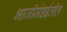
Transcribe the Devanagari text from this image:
भाजीमंडईतील